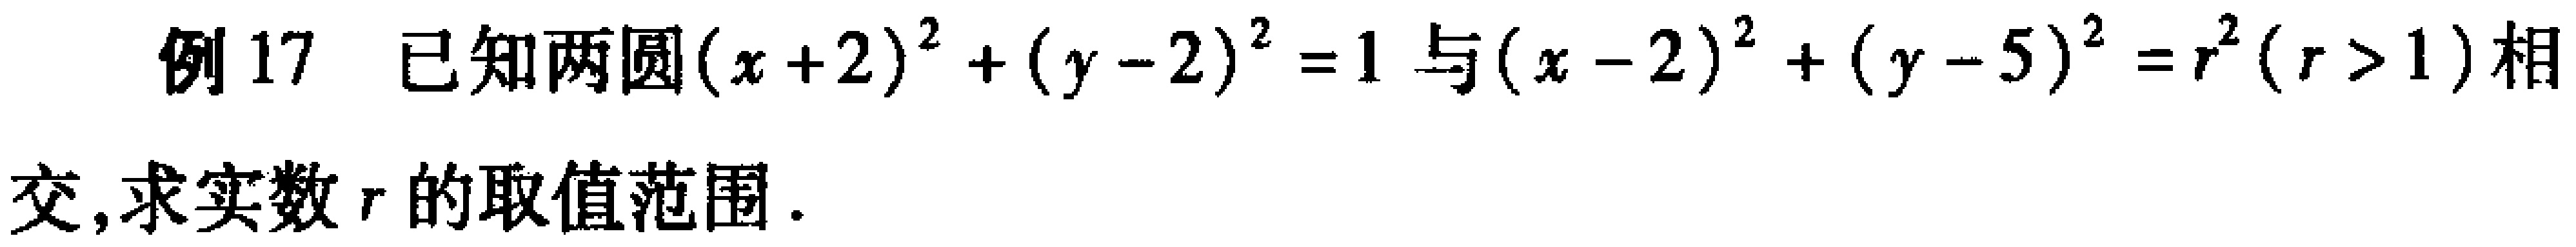
例17 已知两圆\((x + 2)^2 + (y - 2)^2 = 1\)与\((x - 2)^2 + (y - 5)^2 = r^2(r > 1)\)相
交,求实数\(r\)的取值范围.